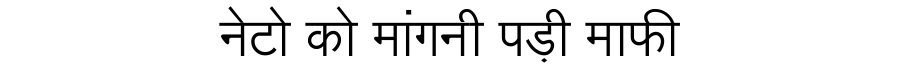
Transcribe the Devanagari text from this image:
नेटो को मांगनी पड़ी माफी